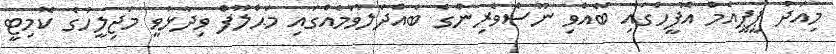
މިއަދު ޕީޕީއެމް އޮފީހުގައި ބޭއްވި ނޫސްވެރިންގެ ބައްދަލުވުމެއްގައި މަޙްލޫފް ވިދާޅުވީ މަޖިލީހުގެ ކޮމިޓީ